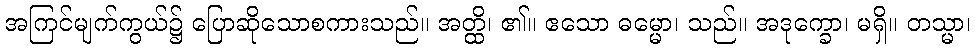
အကြင်မျက်ကွယ်၌ ပြောဆိုသောစကားသည်။ အတ္ထိ၊ ၏။ ဧသော ဓမ္မော၊ သည်။ အဒုက္ခော၊ မရှိ။ တသ္မာ၊